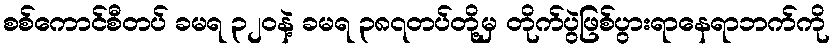
စစ်ကောင်စီတပ် ခမရ ၃၂၀နဲ့ ခမရ ၃၈၇တပ်တို့မှ တိုက်ပွဲဖြစ်ပွားရာနေရာဘက်ကို